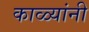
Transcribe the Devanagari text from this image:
काळ्यांनी